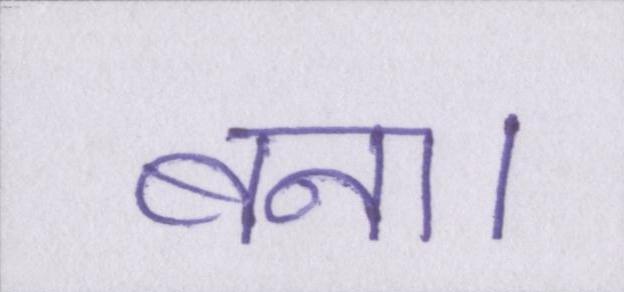
बना।